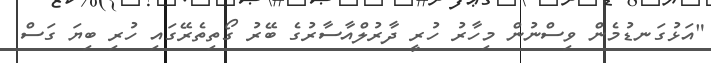
"އަޅުގަނޑުމެން ވިސްނުން މިހާރު ހުރީ ދާރުލްއާސާރުގެ ބޭރު ގޯތިތެރޭގައި ހުރި ބިޔަ ގަސް